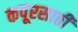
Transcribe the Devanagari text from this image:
कपूरसाठी